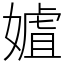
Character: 㜘